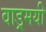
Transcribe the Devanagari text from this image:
वाड्रमयी